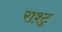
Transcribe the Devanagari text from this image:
राश्ट्र